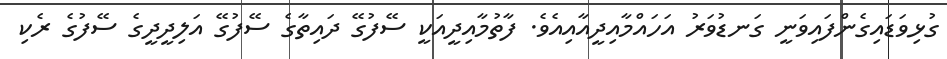
ގުޅިވަޑައިގެންފައިވަނީ ގަނޑުވަރު އަހައްމާއިދީއާއިއެވެ. ފާތުމާއިދީއަކީ ސޭފުގޭ ދައިތާގެ ސޭފުގޭ އަލިދީދީގެ ސޭފުގެ ރެކި